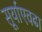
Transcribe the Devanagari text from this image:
सूर्याएवढा